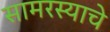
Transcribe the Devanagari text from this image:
सामरस्याचे